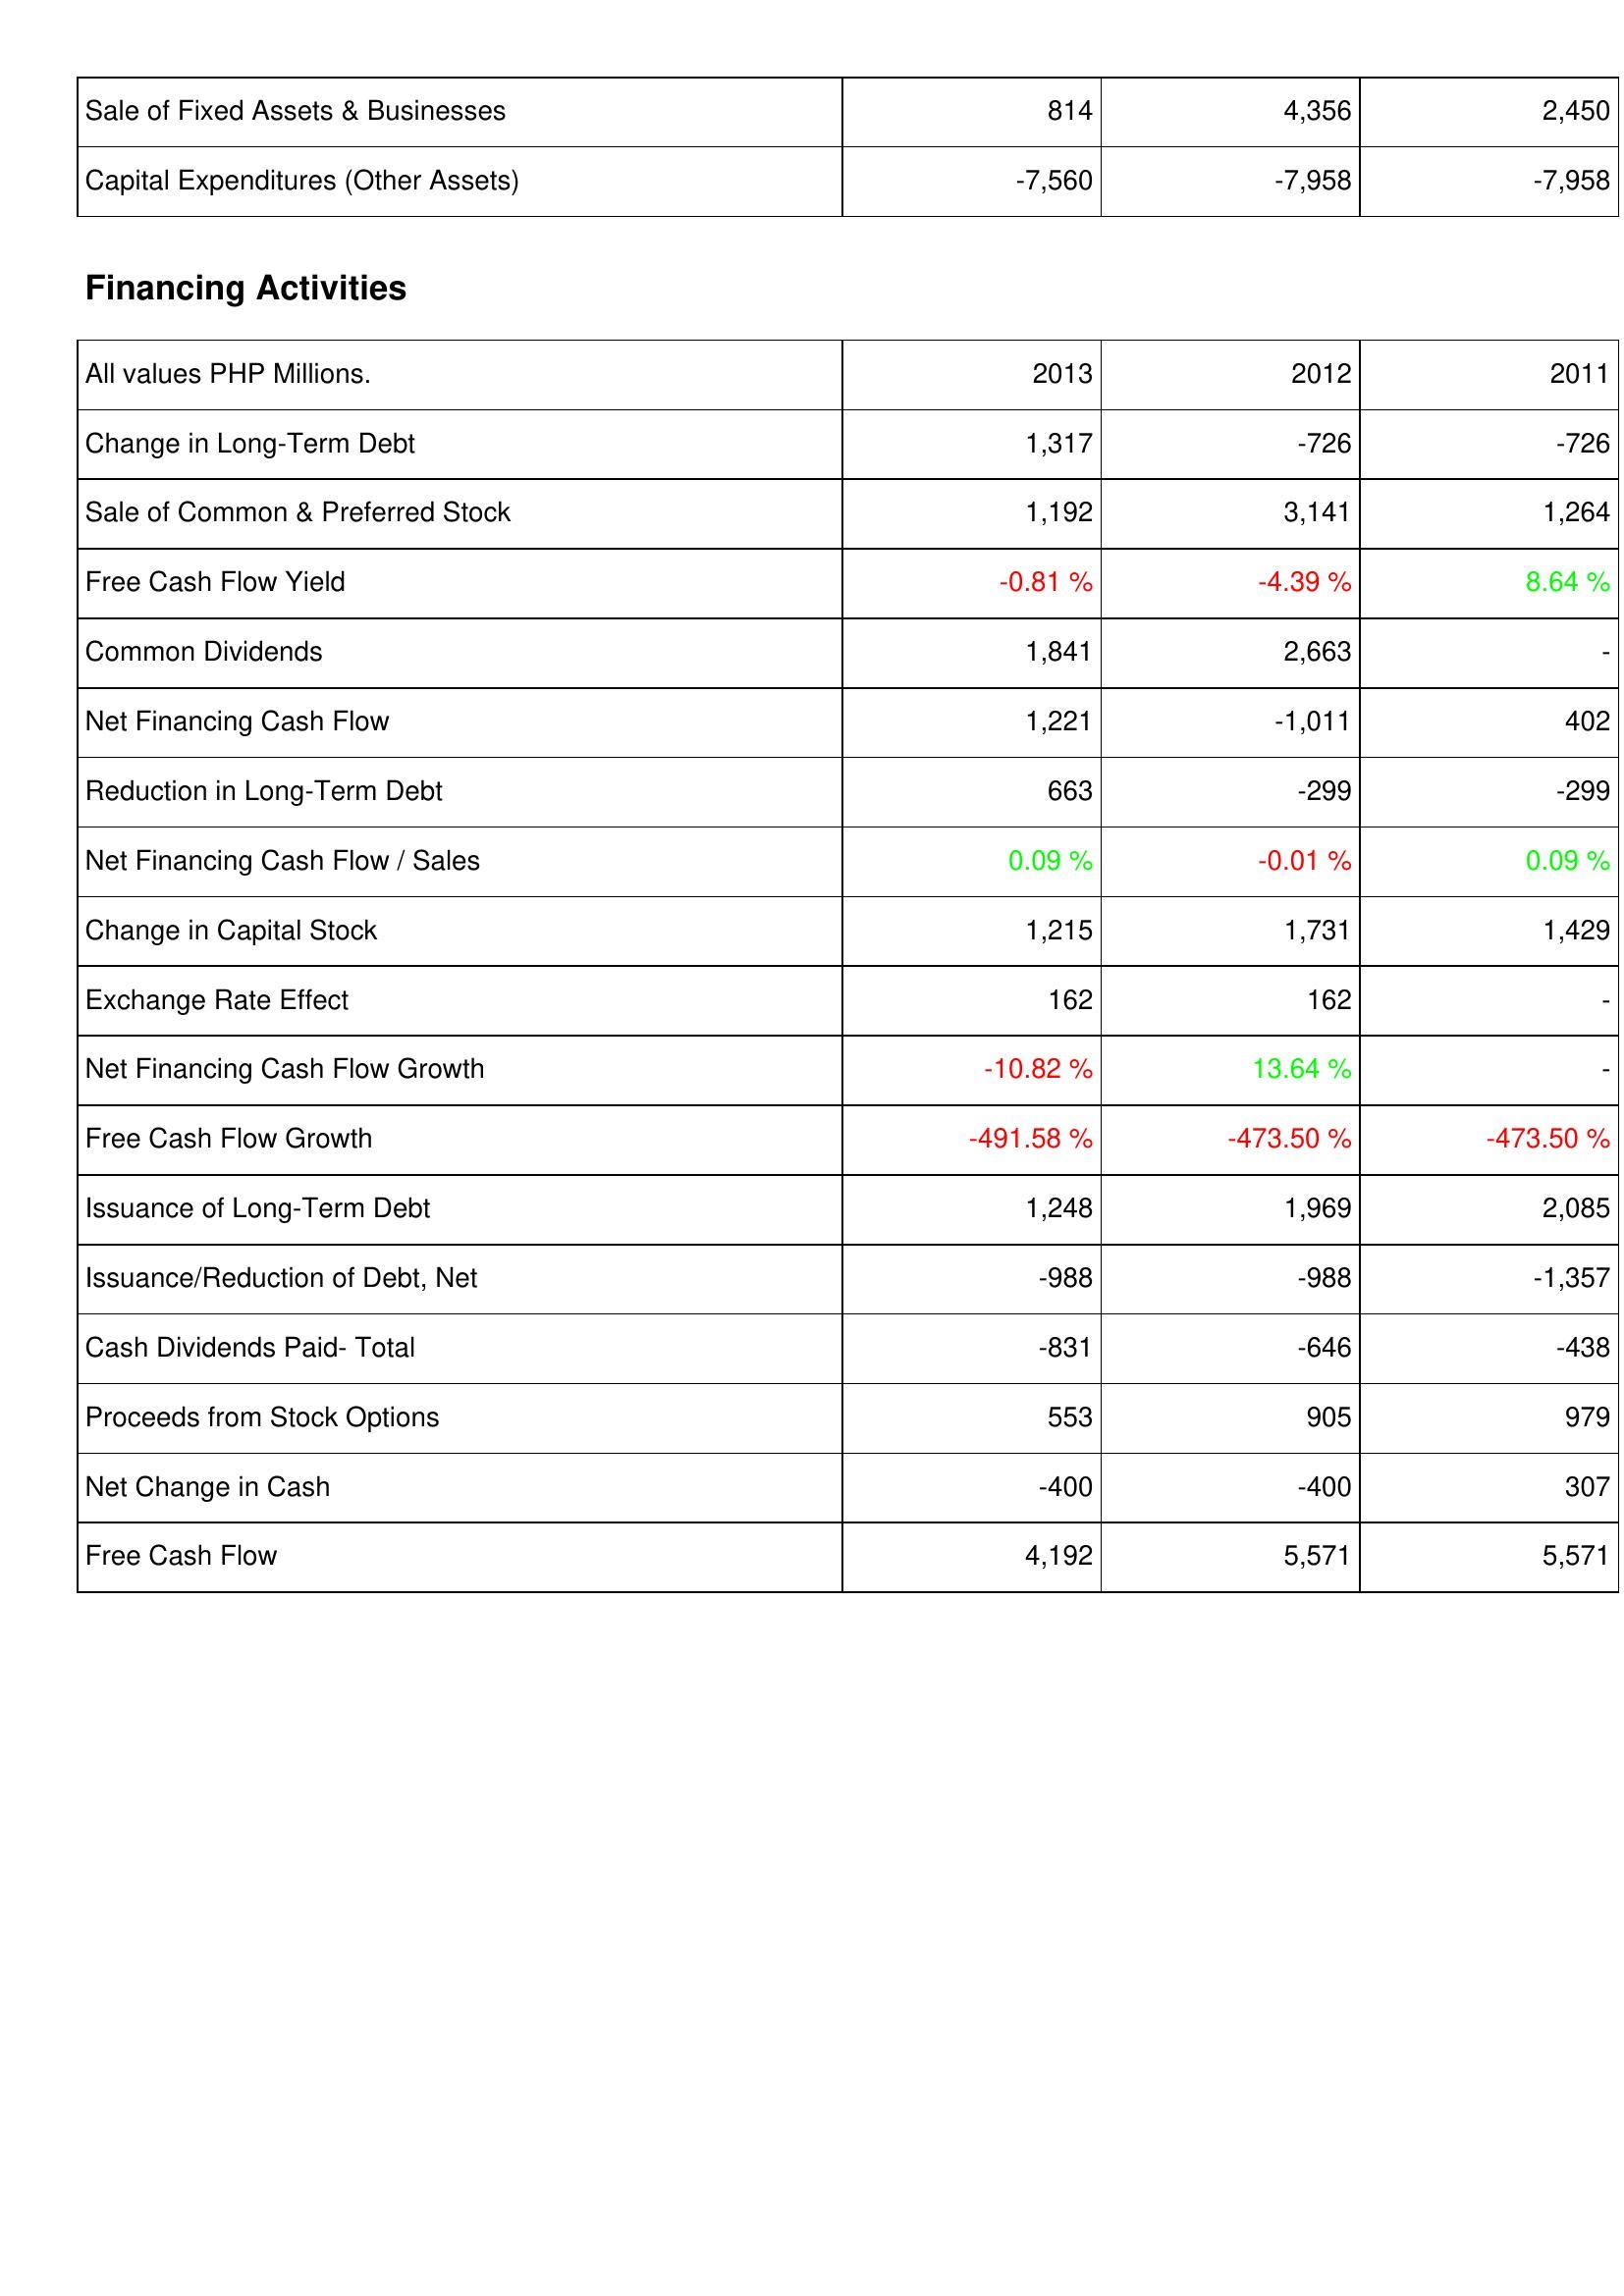
2013: Investing Activities: Sale of Fixed Assets & Businesses: 814
Capital Expenditures (Other Assets): -7,560
Financing Activities: Change in Long-Term Debt: 1,317
Sale of Common & Preferred Stock: 1,192
Free Cash Flow Yield: -0.81 %
Common Dividends: 1,841
Net Financing Cash Flow: 1,221
Reduction in Long-Term Debt: 663
Net Financing Cash Flow / Sales: 0.09 %
Change in Capital Stock: 1,215
Exchange Rate Effect: 162
Net Financing Cash Flow Growth: -10.82 %
Free Cash Flow Growth: -491.58 %
Issuance of Long-Term Debt: 1,248
Issuance/Reduction of Debt, Net: -988
Cash Dividends Paid- Total: -831
Proceeds from Stock Options: 553
Net Change in Cash: -400
Free Cash Flow: 4,192
2012: Investing Activities: Sale of Fixed Assets & Businesses: 4,356
Capital Expenditures (Other Assets): -7,958
Financing Activities: Change in Long-Term Debt: -726
Sale of Common & Preferred Stock: 3,141
Free Cash Flow Yield: -4.39 %
Common Dividends: 2,663
Net Financing Cash Flow: -1,011
Reduction in Long-Term Debt: -299
Net Financing Cash Flow / Sales: -0.01 %
Change in Capital Stock: 1,731
Exchange Rate Effect: 162
Net Financing Cash Flow Growth: 13.64 %
Free Cash Flow Growth: -473.50 %
Issuance of Long-Term Debt: 1,969
Issuance/Reduction of Debt, Net: -988
Cash Dividends Paid- Total: -646
Proceeds from Stock Options: 905
Net Change in Cash: -400
Free Cash Flow: 5,571
2011: Investing Activities: Sale of Fixed Assets & Businesses: 2,450
Capital Expenditures (Other Assets): -7,958
Financing Activities: Change in Long-Term Debt: -726
Sale of Common & Preferred Stock: 1,264
Free Cash Flow Yield: 8.64 %
Common Dividends: -
Net Financing Cash Flow: 402
Reduction in Long-Term Debt: -299
Net Financing Cash Flow / Sales: 0.09 %
Change in Capital Stock: 1,429
Exchange Rate Effect: -
Net Financing Cash Flow Growth: -
Free Cash Flow Growth: -473.50 %
Issuance of Long-Term Debt: 2,085
Issuance/Reduction of Debt, Net: -1,357
Cash Dividends Paid- Total: -438
Proceeds from Stock Options: 979
Net Change in Cash: 307
Free Cash Flow: 5,571